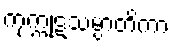
ကုက္ကုဋသမ္ပာတိကာ